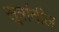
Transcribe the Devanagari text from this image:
सूत्रांतील